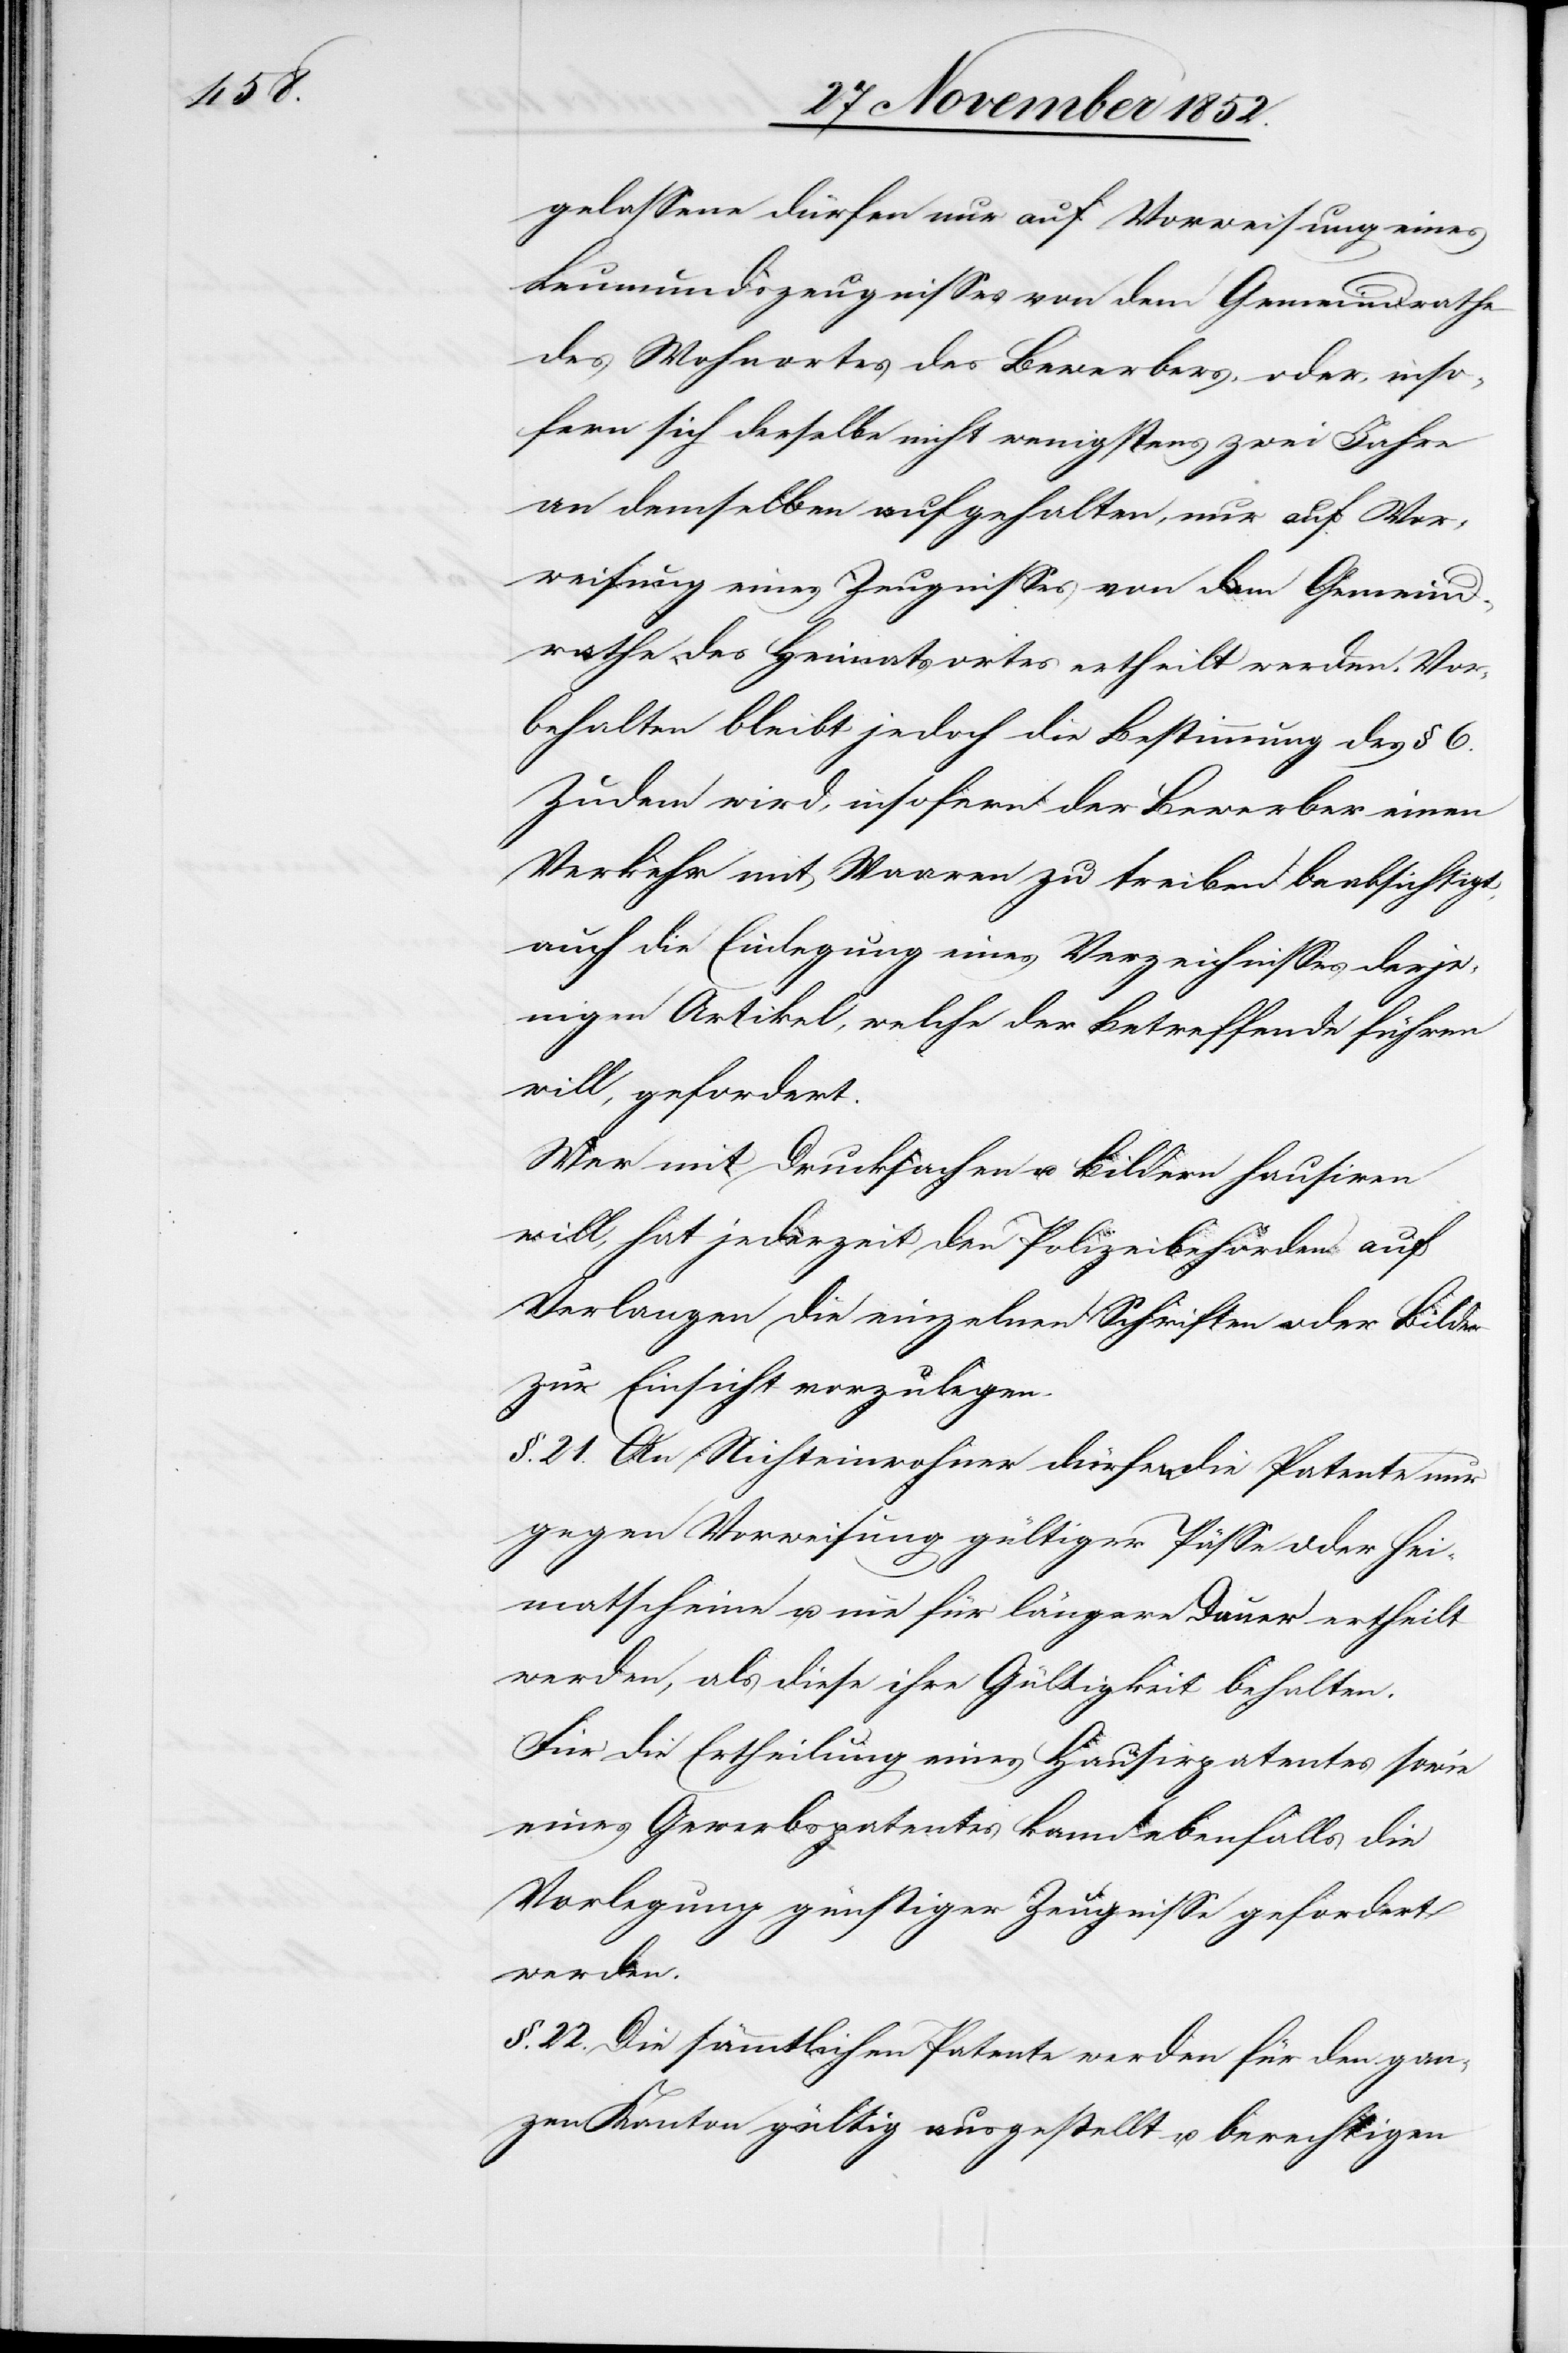
gelassene dürfen nur auf Vorweisung eines
Leumundszeugnisses von dem Gemeindrathe
des Wohnortes des Bewerbers, oder, inso¬
fern sich derselbe nicht wenigstens zwei Jahre
an demselben aufgehalten, nur auf Vor¬
weisung eines Zeugnisses von dem Gemeind¬
rathe des Heimatsortes ertheilt werden. Vor¬
behalten bleibt jedoch die Bestimmung des § 6.
Zudem wird, insofern der Bewerber einen
Verkehr mit Waaren zu treiben beabsichtigt,
auch die Einlegung eines Verzeichnisses derje¬
nigen Artikel, welche der Betreffende führen
will, gefordert.
Wer mit Drucksachen u. Bildern hausiren
will, hat jederzeit den Polizeibehörden auf
Verlangen die einzelnen Schriften oder Bilder
zur Einsicht vorzulegen.
§. 21. An Nichteinwohner dürfen die Patente nur
gegen Vorweisung gültiger Pässe oder Hei¬
matscheine u. nie für längere Dauer ertheilt
werden, als diese ihre Gültigkeit behalten.
Für die Ertheilung eines Hausirpatentes sowie
eines Gewerbspatentes kann ebenfalls die
Vorlegung günstiger Zeugnisse gefordert
werden.
§. 22. Die sämmtlichen Patente werden für den gan¬
zen Kanton gültig ausgestellt u. berechtigen